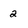
Character: 2